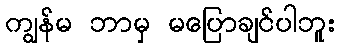
ကျွန်မ ဘာမှ မပြောချင်ပါဘူး